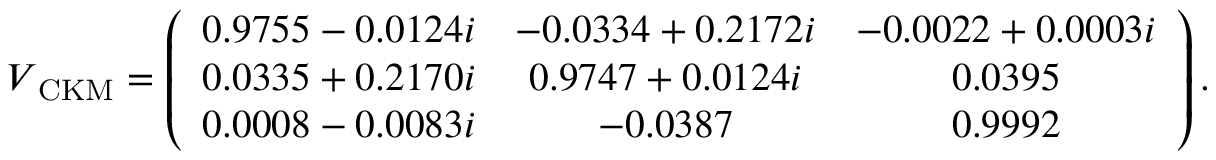
V _ { \mathrm { \tiny ~ C K M } } = \left( \begin{array} { c c c } { { 0 . 9 7 5 5 - 0 . 0 1 2 4 i } } & { { - 0 . 0 3 3 4 + 0 . 2 1 7 2 i } } & { { - 0 . 0 0 2 2 + 0 . 0 0 0 3 i } } \\ { { 0 . 0 3 3 5 + 0 . 2 1 7 0 i } } & { { 0 . 9 7 4 7 + 0 . 0 1 2 4 i } } & { { 0 . 0 3 9 5 } } \\ { { 0 . 0 0 0 8 - 0 . 0 0 8 3 i } } & { { - 0 . 0 3 8 7 } } & { { 0 . 9 9 9 2 } } \end{array} \right) .